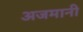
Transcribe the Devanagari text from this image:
अजमानी